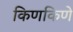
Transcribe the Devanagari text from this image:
किणकिणे